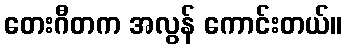
တေးဂီတက အလွန် ကောင်းတယ်။